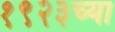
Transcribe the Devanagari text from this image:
१९२३च्या